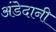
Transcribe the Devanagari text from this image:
अंडेदानी